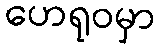
ဟေရုဝမှာ